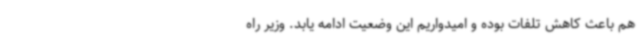
هم باعث کاهش تلفات بوده و امیدواریم این وضعیت ادامه یابد. وزیر راه